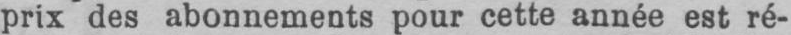
prix des abonnements pour cette année est ré-